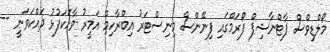
މޯލްޑިވްސް ޕާޓްނާޝިޕް ފޯރަމްގައި ފިނޭންސް މިނިސްޓަރު އިބްރާހިމް އަމީރު ވާހަކަފުޅު ދައްކަވަނީ --